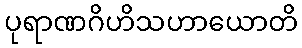
ပုရာဏဂိဟိသဟာယောတိ